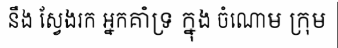
នឹង ស្វែងរក អ្នកគាំទ្រ ក្នុង ចំណោម ក្រុម